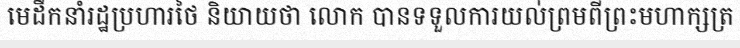
មេដឹកនាំរដ្ឋប្រហារថៃ និយាយថា លោក បានទទួលការយល់ព្រមពីព្រះមហាក្សត្រ